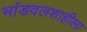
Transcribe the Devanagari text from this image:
भांडवलशाहीला